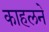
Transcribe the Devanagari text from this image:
काहलने